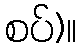
စပ်)။